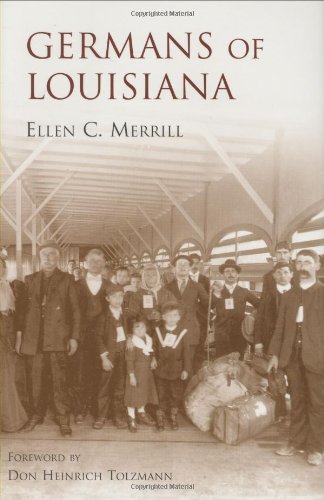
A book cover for Germans of Louisiana; Ellen Merrill; History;